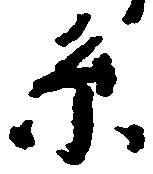
系